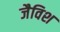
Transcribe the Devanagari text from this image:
जैविश